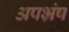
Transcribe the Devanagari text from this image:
अपभ्रंष